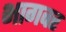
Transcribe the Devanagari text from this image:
भागवर